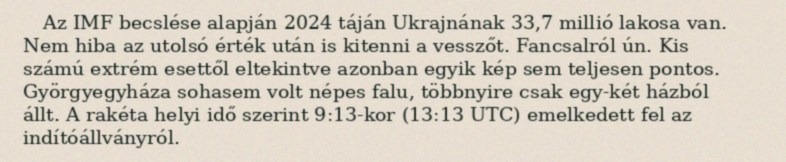
Az IMF becslése alapján 2024 táján Ukrajnának 33,7 millió lakosa van. Nem hiba az utolsó érték után is kitenni a vesszőt. Fancsalról ún. Kis számú extrém esettől eltekintve azonban egyik kép sem teljesen pontos. Györgyegyháza sohasem volt népes falu, többnyire csak egy-két házból állt. A rakéta helyi idő szerint 9:13-kor (13:13 UTC) emelkedett fel az indítóállványról.